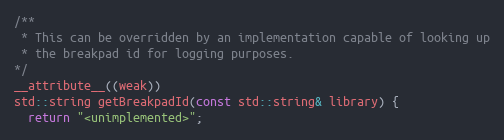
Language: C++
/**
 * This can be overridden by an implementation capable of looking up
 * the breakpad id for logging purposes.
*/
__attribute__((weak))
std::string getBreakpadId(const std::string& library) {
  return "<unimplemented>";